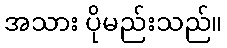
အသား ပိုမည်းသည်။